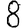
Digit: 8